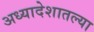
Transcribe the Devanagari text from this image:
अध्यादेशातल्या